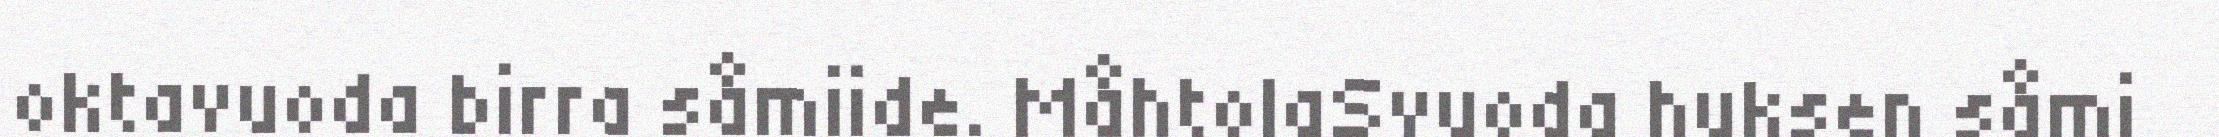
oktavuoda birra såmiide. MåhtolaSvuoda huksen såmi